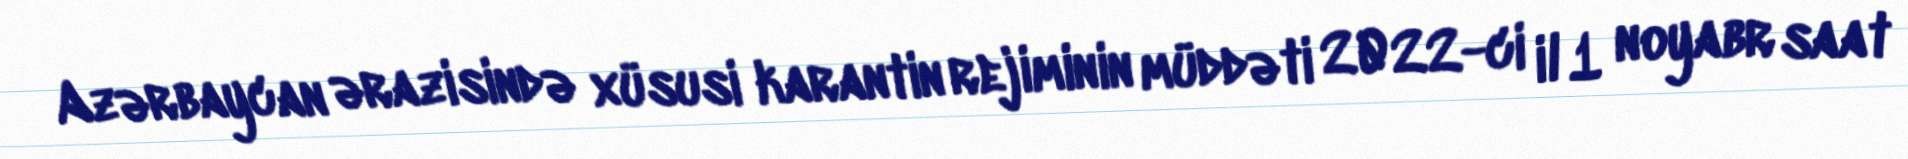
Azərbaycan ərazisində xüsusi karantin rejiminin müddəti 2022-ci il 1 noyabr saat